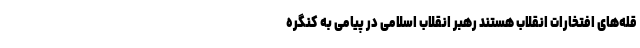
قله‌های افتخارات انقلاب هستند رهبر انقلاب اسلامی در پیامی به کنگره